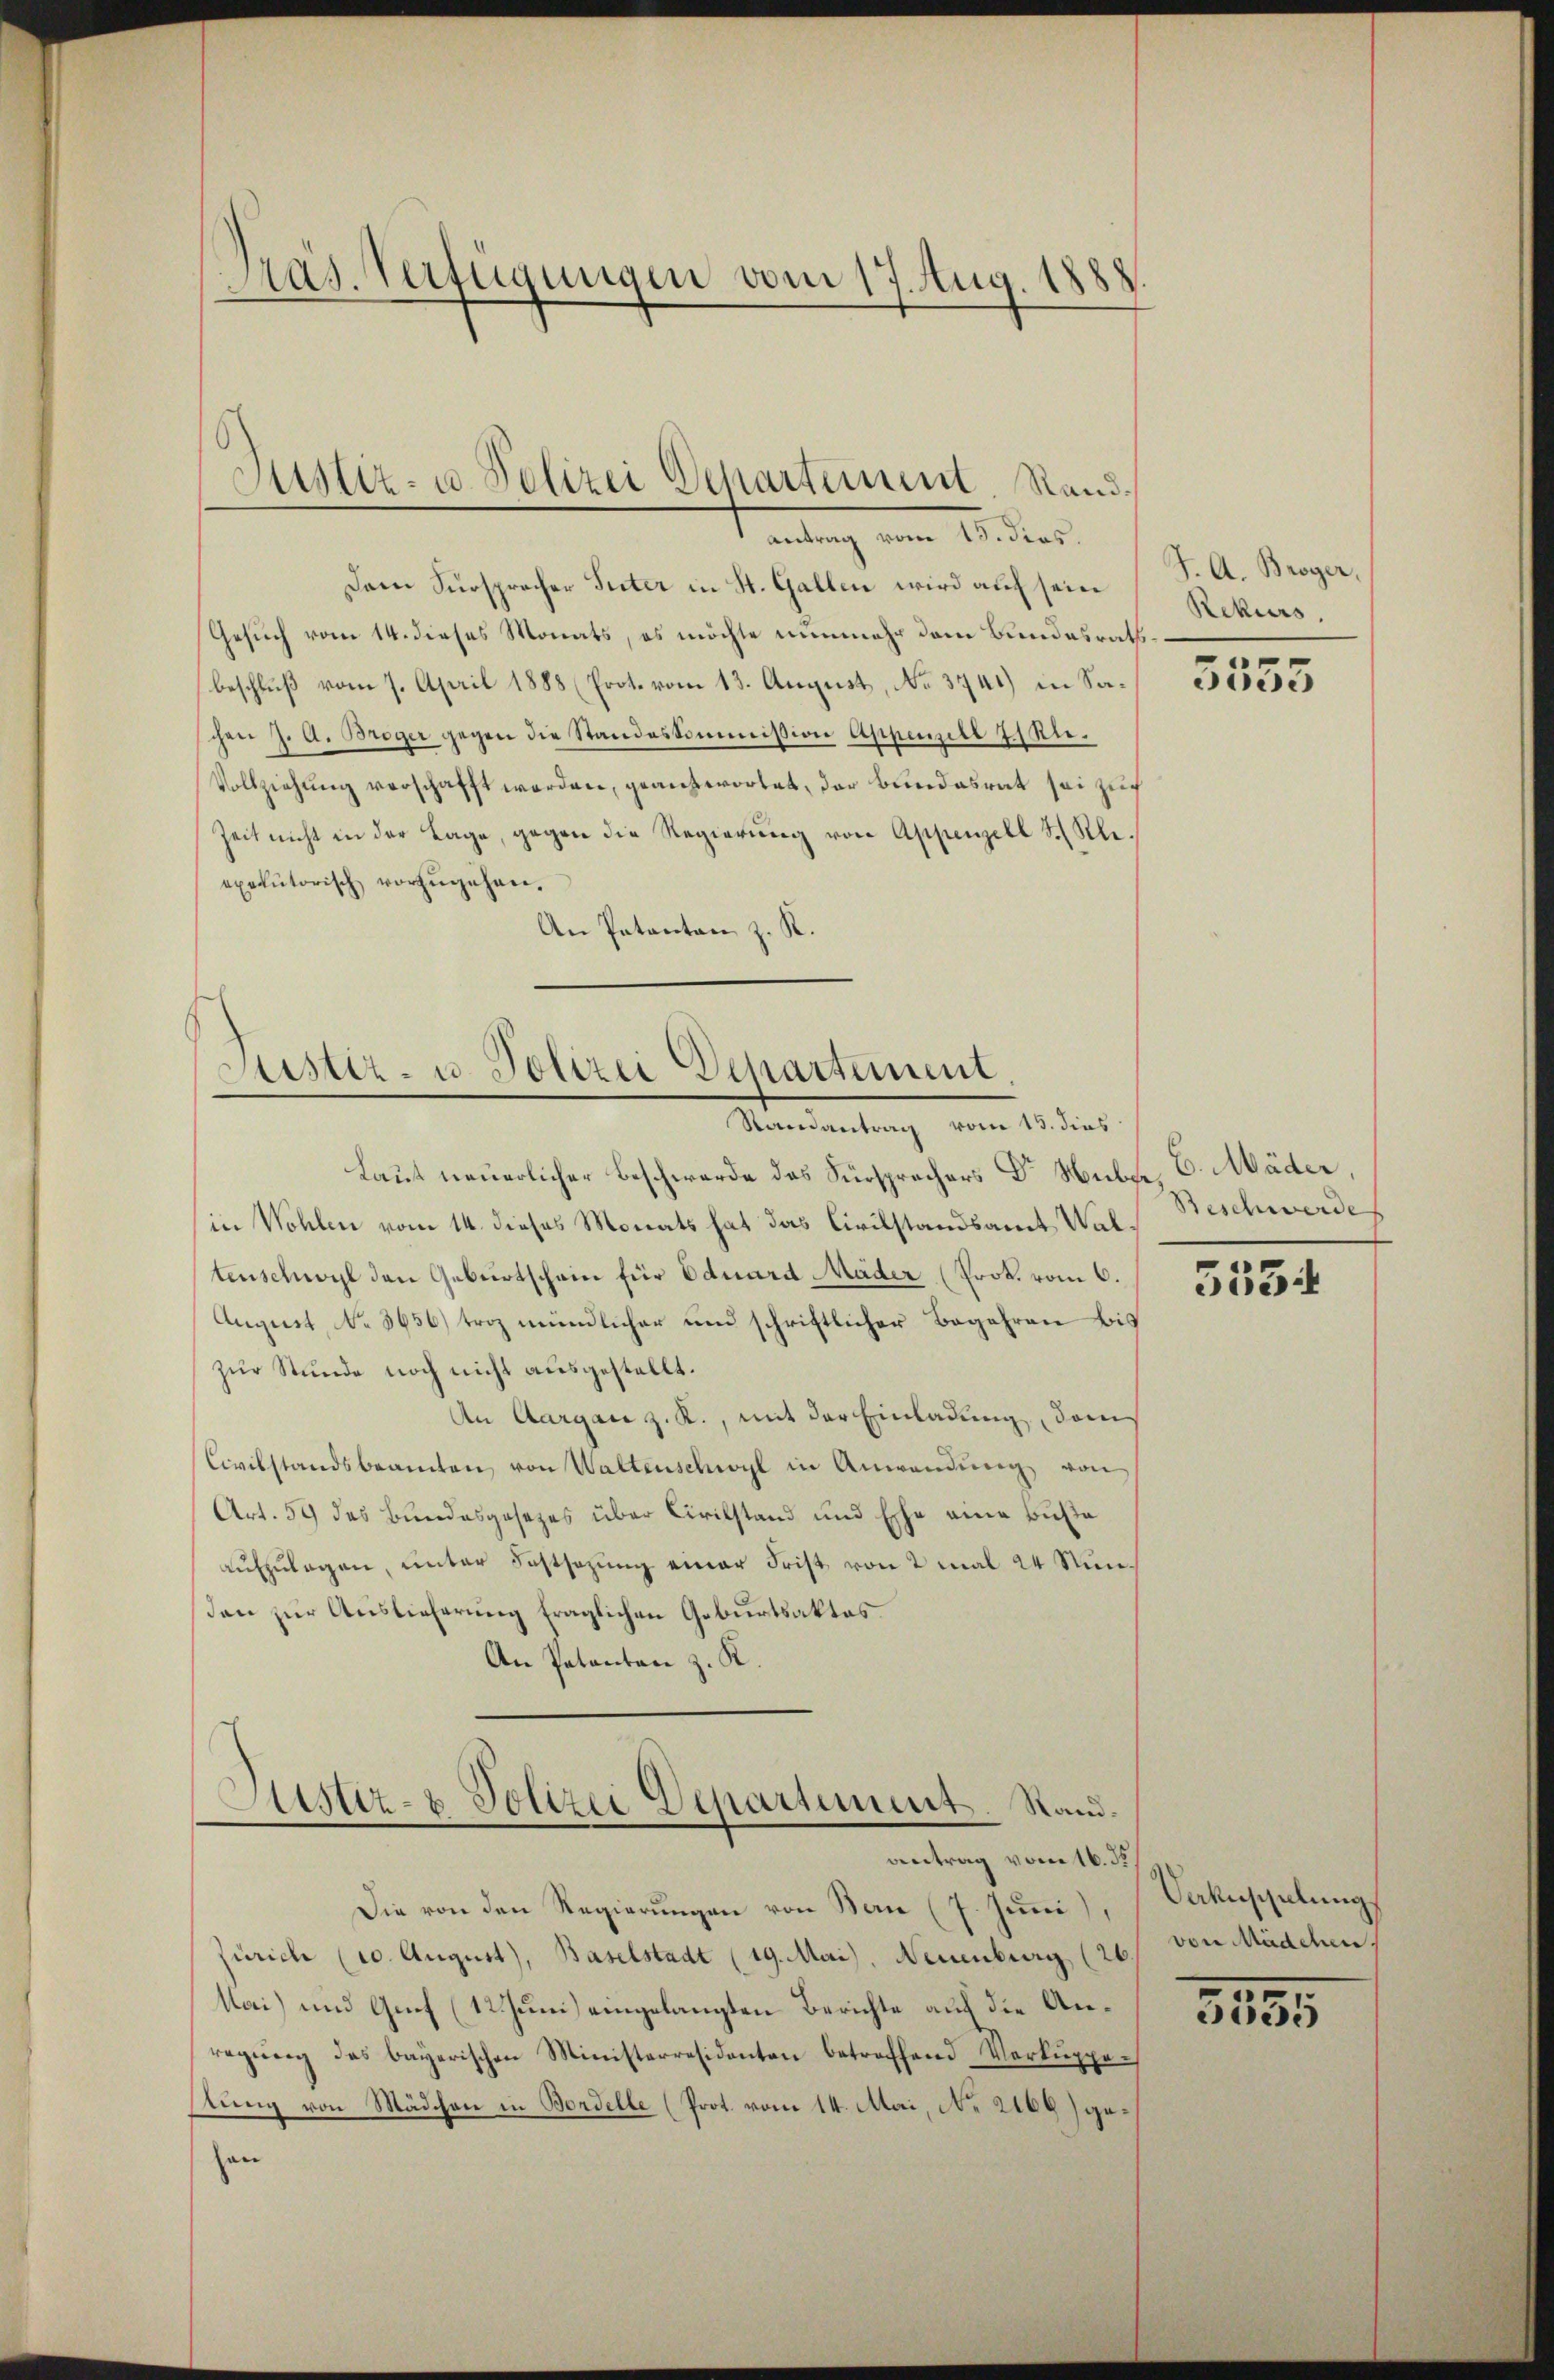
Pras. Verfügungen vom 17. Aug. 1888

Justiz- u. Polizei Departement Randantrag vom 15. dies.

Dann Fürsprecher Suter in St. Gallen wird auf sein
Gesuch vom 14. dieses Monats, es möchte nunmehr dem Bundesrathsbeschluß vom 7. April 1888 (Erot. vom 13. August, No 3741) in Sachen J. A. Broger gegen die Standeskommission Appenzell 7. Jun.
Vollziehung verschafft werden, geantwortet, der Bundesrat sei zuch
Zeit nicht in der Lage, gegen die Regierŭng von Appenzell S. Kleexekutorisch vorzŭgehen.
An Patanton z. R.

Aister- u. Polizei Departement
Randantrag vom 13. dies

Justiz- & Polizei Departement. Stand.
antrag vom 16. 32.

Laut neuerlicher Beschwerde des Fürsprachers Dr Weibse, C. Mäder.
in Wohlen vom 14. dieses Monats hat das Civilstandsamt Wal
tenschwol den Geburtschein für Eduard Mäder (Prok. vom 6.
August, No 3656) troz mündlicher und schriftlicher Begehren bis
zur Stunde noch nicht ausgestellt.
An Aargare z. R., mit der Einladung, dam
Civilstandsbeamten, von Waltenschwyl in Anwendŭng von
Art. 59 des Bundesgesetzes über Civilstand und Ehe eine Buße
aufzulegen, unter Festsezung einer Frist von 2 mal 24 Stunsden zur Auslieferung fraglichen Geburtsaktes.
An Patanten z. K

Die von den Regierungen von Bern (7. Juni),
Zürich (10 August), Baselstadt (19. Mai, Neuenburg (26. von Mädchen
Mai) und Genf (12. Juni eingelangten Berichte auf die Anregŭng des bayerischen Ministerresidenten betreffend Verkŭppe-
stung von Mädchen in Bordelle (Prot. vom 14. Mai, No 2166) gehan

J. A. Broger,
Rekurs,

5555

Beschwerde

5534

Vekuschulung

3155